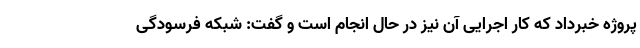
پروژه خبرداد که کار اجرایی آن نیز در حال انجام است و گفت: شبکه فرسودگی